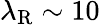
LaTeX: \lambda_{\mathrm{R}}\sim 10